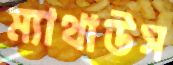
ম্যাথাউস